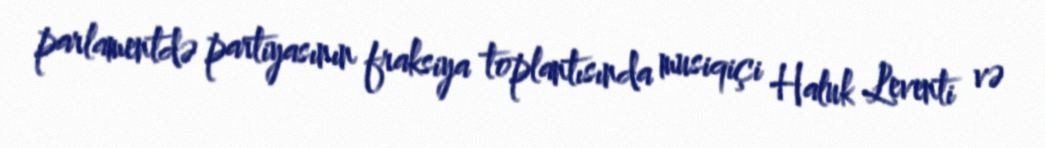
parlamentdə partiyasının fraksiya toplantısında musiqiçi Haluk Leventi və